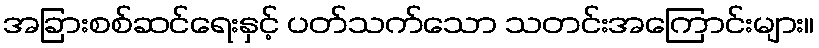
အခြားစစ်ဆင်ရေးနှင့် ပတ်သက်သော သတင်းအကြောင်းများ။